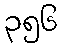
၃၅၆